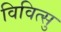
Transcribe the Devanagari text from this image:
विवित्सु